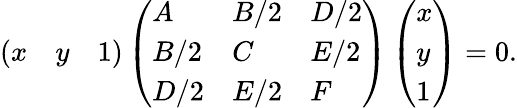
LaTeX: \left({\begin{array}{lll}{x}&{y}&{1}\end{array}}\right)\left({\begin{array}{lll}{A}&{B/2}&{D/2}\\ {B/2}&{C}&{E/2}\\ {D/2}&{E/2}&{F}\end{array}}\right)\left({\begin{array}{l}{x}\\ {y}\\ {1}\end{array}}\right)=0.